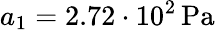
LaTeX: a_{1}=2.72\cdot 10^{2}\, \mathrm{Pa}